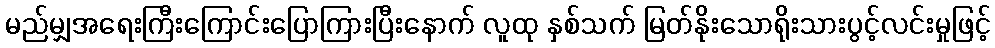
မည်မျှအရေးကြီးကြောင်းပြောကြားပြီးနောက် လူထု နှစ်သက် မြတ်နိုးသောရိုးသားပွင့်လင်းမှုဖြင့်